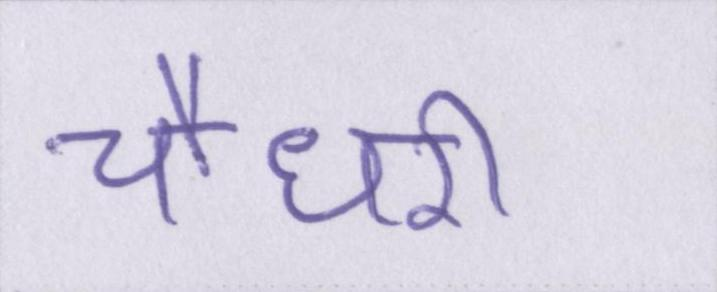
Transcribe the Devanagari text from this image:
चौधरी